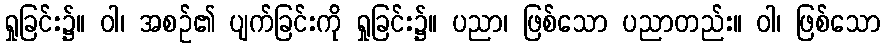
ရှုခြင်း၌။ ဝါ၊ အစဉ်၏ ပျက်ခြင်းကို ရှုခြင်း၌။ ပညာ၊ ဖြစ်သော ပညာတည်း။ ဝါ၊ ဖြစ်သော